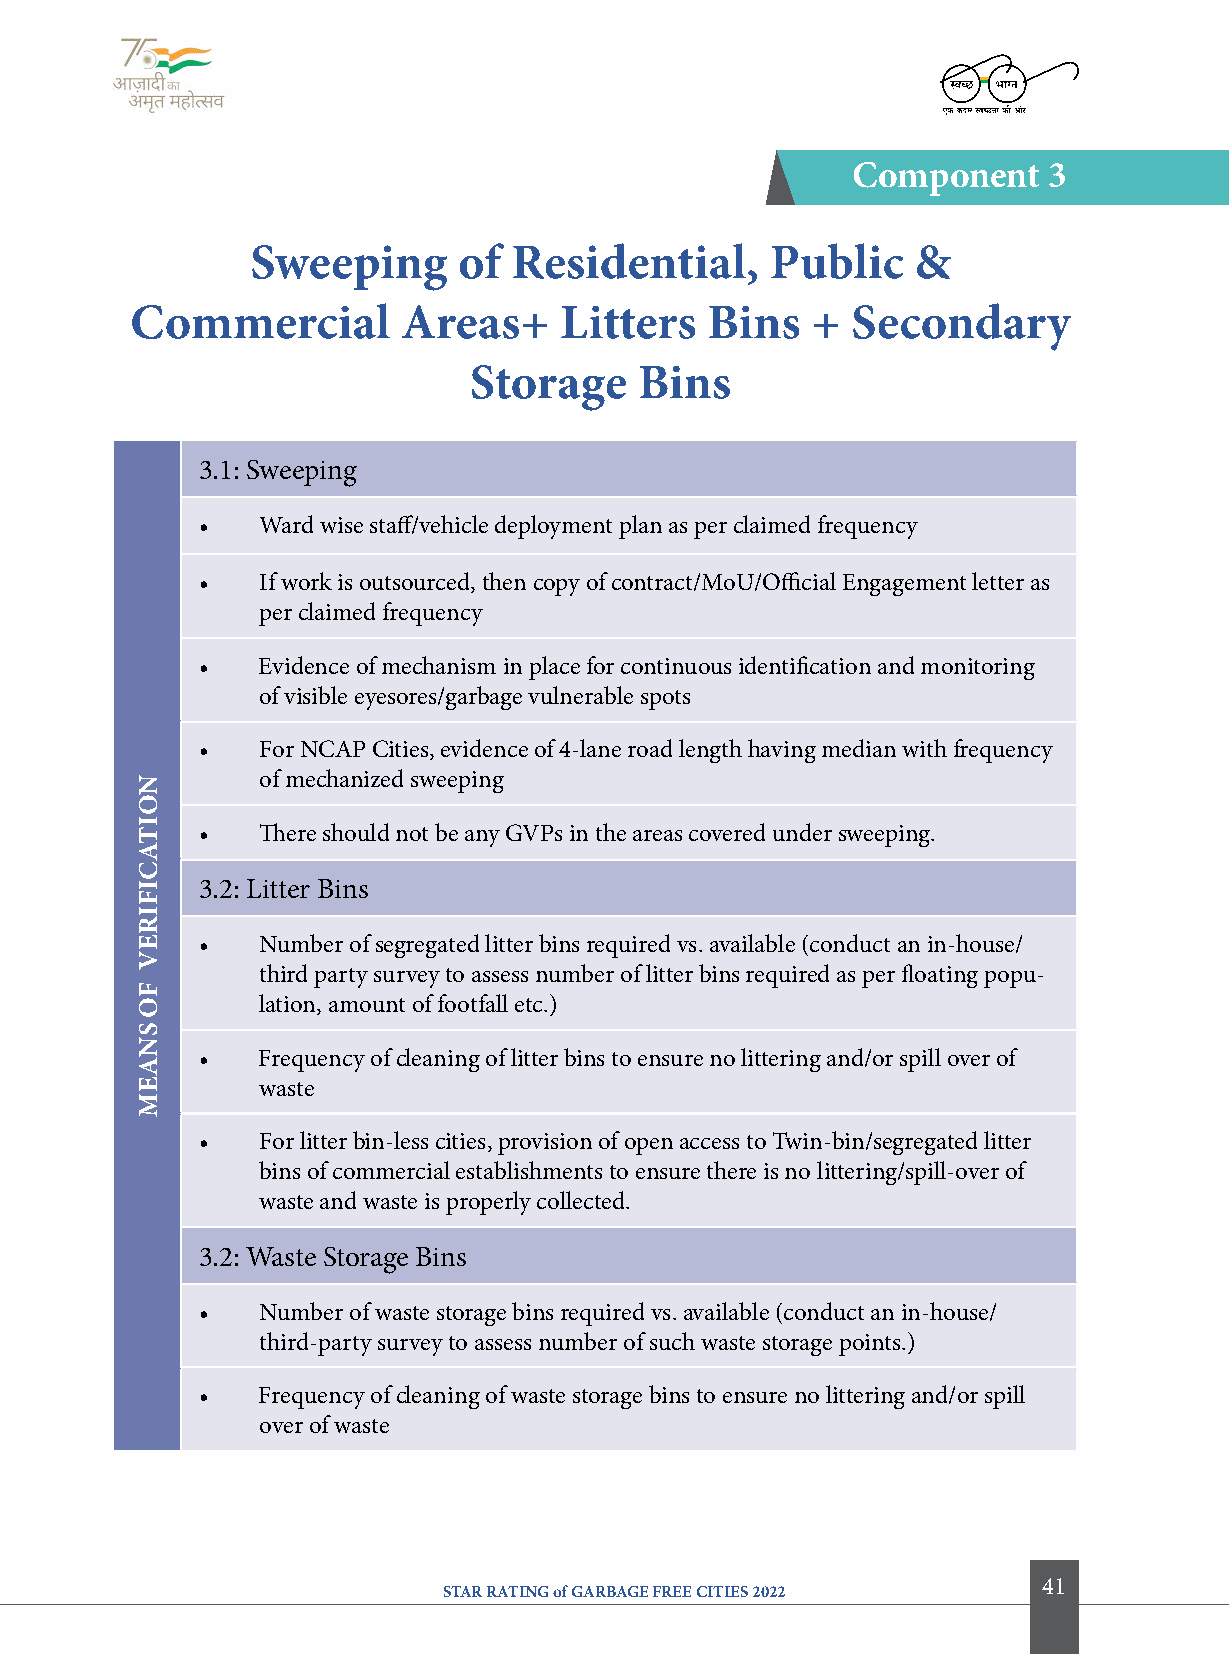
component    3
 Sweeping     of  residential,     Public    &
 commercial        areas+    litters   Bins   + Secondary
 Storage    Bins
 3.1: Sweeping
 •   Ward wise staff/vehicle deployment plan as per claimed frequency
 •   If work is outsourced, then copy of contract/MoU/Official Engagement letter as
 per claimed frequency
 •   Evidence of mechanism in place for continuous identification and monitoring
 of visible eyesores/garbage vulnerable spots
 •   For NCAP Cities, evidence of 4-lane road length having median with frequency
 of mechanized sweeping
 •   There should not be any GVPs in the areas covered under sweeping.
 3.2: Litter Bins
 •   Number of segregated litter bins required vs. available (conduct an in-house/
 third party survey to assess number of litter bins required as per floating popu-
 lation, amount of footfall etc.)
 •   Frequency of cleaning of litter bins to ensure no littering and/or spill over of
 waste
 •   For litter bin-less cities, provision of open access to Twin-bin/segregated litter
 bins of commercial establishments to ensure there is no littering/spill-over of
 waste and waste is properly collected.
 3.2: Waste Storage Bins
 •   Number of waste storage bins required vs. available (conduct an in-house/
 third-party survey to assess number of such waste storage points.)
 •   Frequency of cleaning of waste storage bins to ensure no littering and/or spill
 over of waste
 41
 STAR RATING of GARBAGE FREE CITIES 2022
 NoitacifireV
 fo
 SNaeM